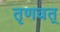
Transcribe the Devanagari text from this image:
तृणवत्